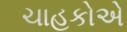
ચાહકોએ